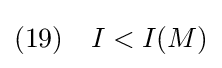
(19)\quad I<I(M)